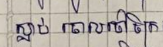
ស្លាប់ ចោលចៅចិត្រ